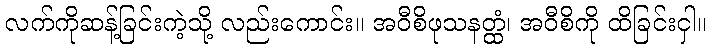
လက်ကိုဆန့်ခြင်းကဲ့သို့ လည်းကောင်း။ အဝီစိဖုသနတ္ထံ၊ အဝီစိကို ထိခြင်းငှါ။